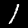
Label: 1